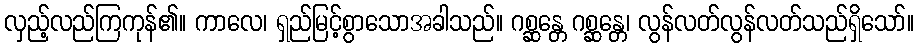
လှည့်လည်ကြကုန်၏။ ကာလေ၊ ရှည်မြင့်စွာသောအခါသည်။ ဂစ္ဆန္တေ ဂစ္ဆန္တေ၊ လွန်လတ်လွန်လတ်သည်ရှိသော်။